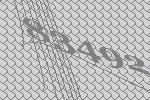
83492